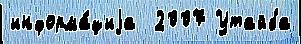
информа́циjа  2007 Утайба